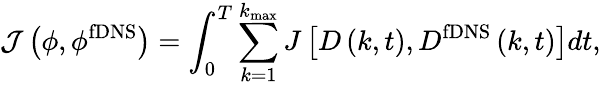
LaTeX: {\cal J}\left({\phi,{\phi^{\mathrm{{fDNS}}}}}\right)=\int_{0}^{T}{\sum_{k=1}^{{k_{\operatorname*{max}}}}{J\left[{{D}\left({k,t}\right),D^{\mathrm{{fDNS}}}\left({k,t}\right)}\right]}dt},